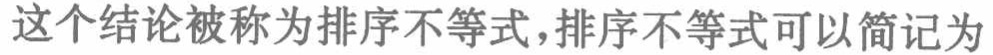
这个结论被称为排序不等式,排序不等式可以简记为